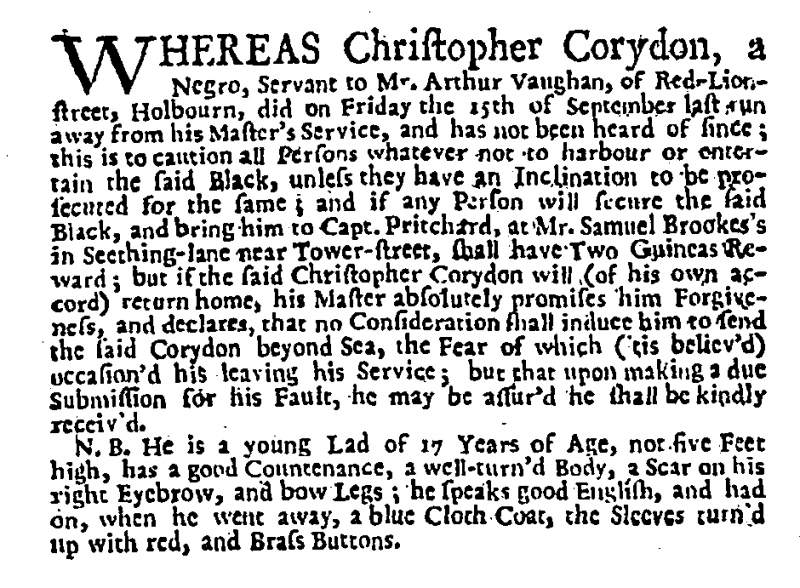
Daily Advertiser, 28 October 1732 (England)
WHEREAS Christopher Corydon, a Negro, Servant to Mr. Arthur Vaughan, of Red-Lion-street, Holbourn, did on Friday the 15th of September last run away from his Master’s Service, and has not been heard of since; this is to caution all Persons whatever not to harbour or entertain the said Black, unless they have an Inclination to be prosecuted for the same; and if any Person will secure the said Black, and bring him to Capt. Pritchard, at Mr. Samuel Brookes’s in Seething-lane near Tower-street, shall have Two Guineas Reward; but if the said Christopher Corydon will (of his own accord) return home, his Master absolutely promises him Forgiveness, and declares, that no Consideration shall induce him to send the said Corydon beyond Sea, the Fear of which (‘tis believ’d) occasion’d his leaving his Service; but that upon making a due Submission for his Fault, he may be assur’d he shall be kindly receiv’d.  N.B. He is a young Lad of 17 Years of Age, not five Feet high, has a good Countenance, a well-turn’d Body, a Scar on his right Eyebrow, and bow Legs; he speaks good English, and had on, when he went away, a blue Cloth Coat, the Sleeves turn’d up with red, and Brass Buttons.